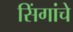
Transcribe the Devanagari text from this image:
सिंगांचे